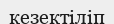
кезектіліп